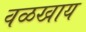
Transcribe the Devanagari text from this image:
वळखाय